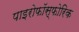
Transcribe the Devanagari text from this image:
पाइरोफॉस्फोरिक